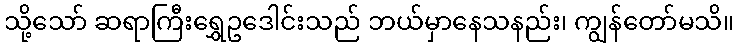
သို့သော် ဆရာကြီးရွှေဥဒေါင်းသည် ဘယ်မှာနေသနည်း၊ ကျွန်တော်မသိ။